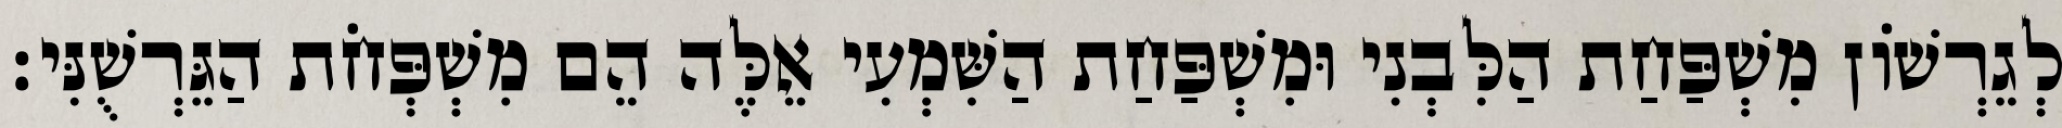
לְגֵרְשׁוֹן מִשְׁפַּחַת הַלִּבְנִי וּמִשְׁפַּחַת הַשִּׁמְעִי אֵלֶּה הֵם מִשְׁפְּחֹת הַגֵּרְשֻׁנִּי׃